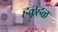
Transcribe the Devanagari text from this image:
हळूहळ